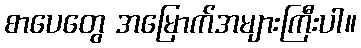
စာပေတွေ အမြောက်အများကြီးပါ။